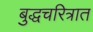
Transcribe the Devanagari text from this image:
बुद्धचरित्रात